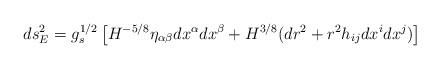
LaTeX: \begin{align*}ds_E^2 = g_s^{1/2}\left[H^{-5/8} \eta_{\alpha\beta} dx^\alpha dx^\beta + H^{3/8}(dr^2 +r^2 h_{ij} dx^i dx^j)\right]\end{align*}